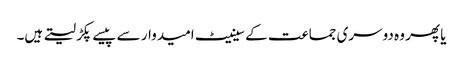
یا پھر وہ دوسری جماعت کے سینیٹ امیدوار سے پیسے پکڑ لیتے ہیں۔